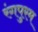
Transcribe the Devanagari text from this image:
रंगपुरम